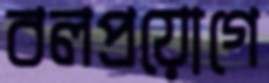
বলপ্রয়োগে